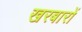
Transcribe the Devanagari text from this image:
खरबारों